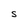
Character: S